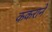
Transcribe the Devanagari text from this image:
ककराने